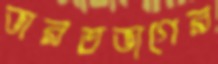
ভারতভাগের